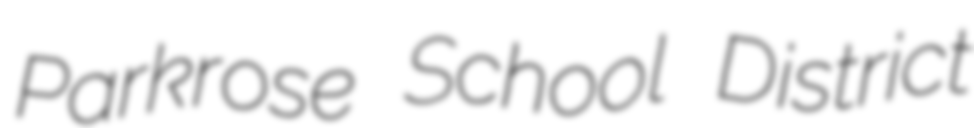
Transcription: Parkrose School District